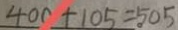
4 0 0 + 1 0 5 = 5 0 5